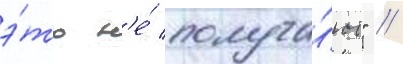
э́то н'е́ получа́ют" //